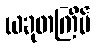
ယခုတကြိမ်